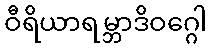
ဝီရိယာရမ္ဘာဒိဝဂ္ဂေါ